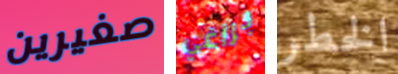
صغيرين براغي الخطر